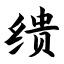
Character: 缋